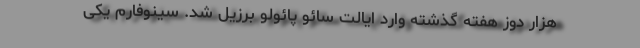
هزار دوز هفته گذشته وارد ایالت سائو پائولو برزیل شد. سینوفارم یکی